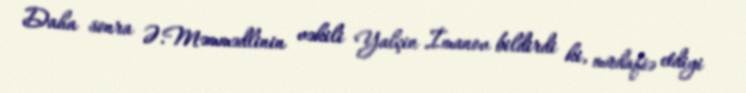
Daha sonra Ə.Məmmədlinin vəkili Yalçin İmanov bildirdi ki, müdafiə etdiyi